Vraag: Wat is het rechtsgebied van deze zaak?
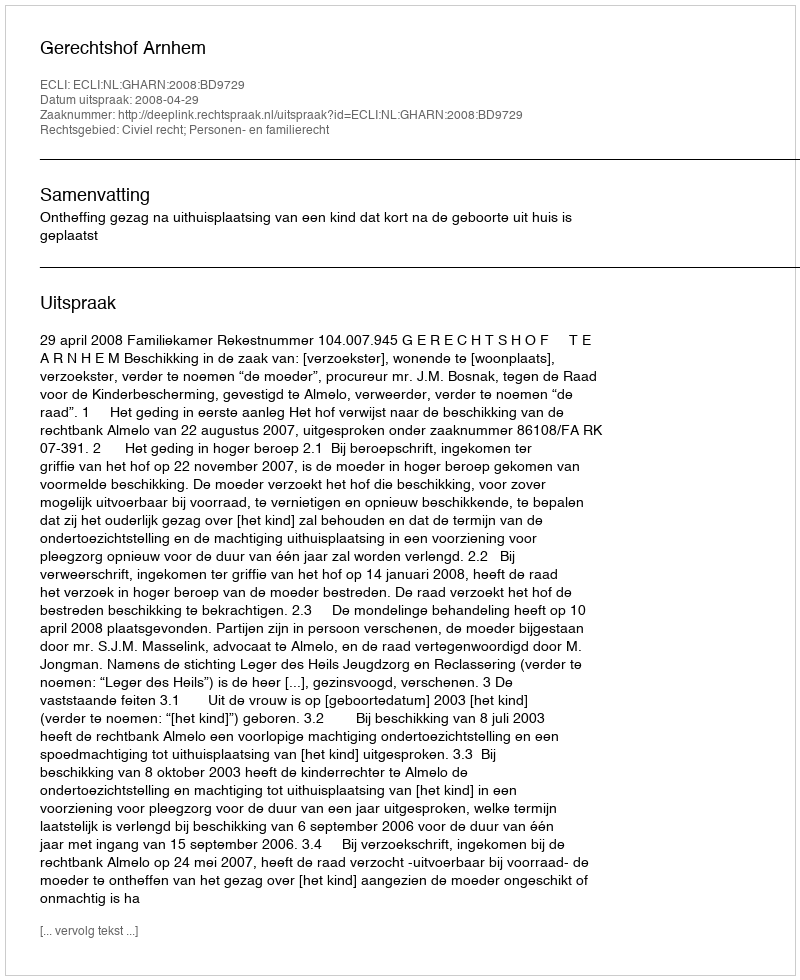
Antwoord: Civiel recht; Personen- en familierecht